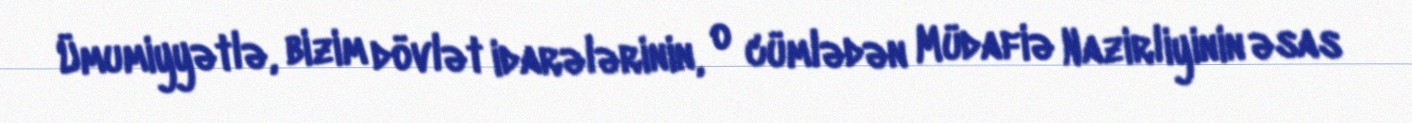
Ümumiyyətlə, bizim dövlət idarələrinin, o cümlədən Müdafiə Nazirliyinin əsas